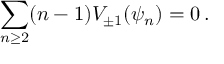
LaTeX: \sum _ { n \geq 2 } ( n - 1 ) V _ { \pm 1 } ( \psi _ { n } ) = 0 \, .